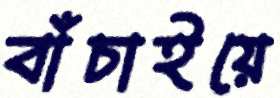
বাঁচাইয়ে